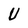
Character: U